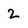
Character: 2